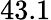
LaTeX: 43.1